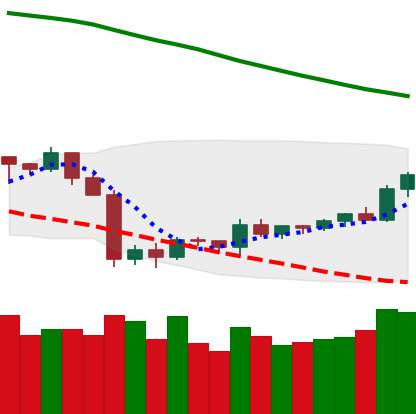
Ticker: TRX-USD
Chart end date: 2019-10-08
Forward return: -5.51%
Label: down_5_7